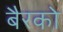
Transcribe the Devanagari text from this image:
बैरको